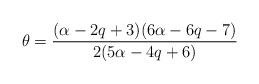
LaTeX: \begin{align*}\theta=\frac{(\alpha -2q+3)(6\alpha-6q -7)}{2(5\alpha -4q+6)}\end{align*}